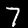
Digit: 7